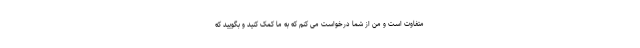
متفاوت است و من از شما درخواست می کنم که به ما کمک کنید و بگویید که